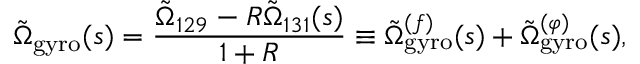
\tilde { \Omega } _ { \mathrm { g y r o } } ( s ) = \frac { \tilde { \Omega } _ { 1 2 9 } - R \tilde { \Omega } _ { 1 3 1 } ( s ) } { 1 + R } \equiv \tilde { \Omega } _ { \mathrm { g y r o } } ^ { ( f ) } ( s ) + \tilde { \Omega } _ { \mathrm { g y r o } } ^ { ( \varphi ) } ( s ) ,